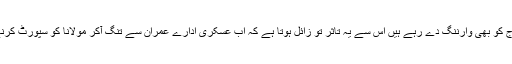
آج کل وہ فوج کو بھی وارننگ دے رہے ہیں اس سے یہ تاثر تو زائل ہوتا ہے کہ اب عسکری ادارے عمران سے تنگ آکر مولانا کو سپورٹ کرنے لگے ہیں۔